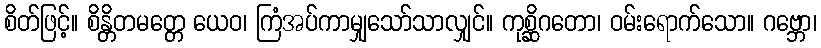
စိတ်ဖြင့်။ စိန္တိတမတ္တေ ယေဝ၊ ကြံအပ်ကာမျှသော်သာလျှင်။ ကုစ္ဆိဂတော၊ ဝမ်းရောက်သော။ ဂဗ္ဘော၊